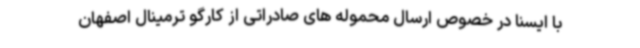
با ایسنا در خصوص ارسال محموله های صادراتی از کارگو ترمینال اصفهان